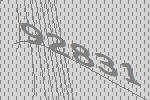
92831